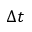
\Delta t